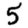
Digit: 5